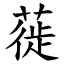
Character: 蓰